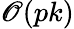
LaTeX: \mathscr{O}(pk)